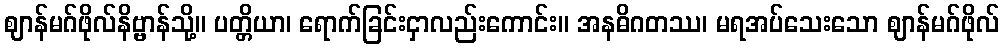
ဈာန်မဂ်ဖိုလ်နိဗ္ဗာန်သို့။ ပတ္တိယာ၊ ရောက်ခြင်းငှာလည်းကောင်း။ အနဓိဂတဿ၊ မရအပ်သေးသော ဈာန်မဂ်ဖိုလ်